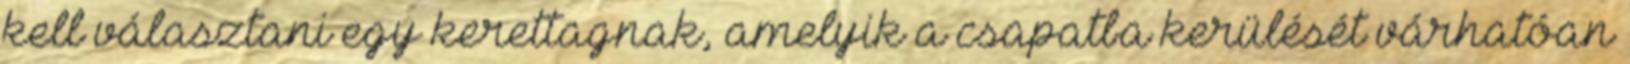
kell választani egy kerettagnak, amelyik a csapatba kerülését várhatóan